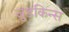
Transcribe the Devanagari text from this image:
जुडकिन्स